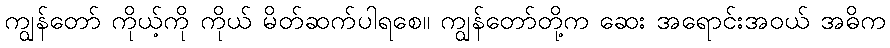
ကျွန်တော် ကိုယ့်ကို ကိုယ် မိတ်ဆက်ပါရစေ။ ကျွန်တော်တို့က ဆေး အရောင်းအဝယ် အဓိက